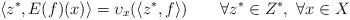
LaTeX: \begin{align*}\langle z^*,E(f)(x)\rangle = \upsilon_x(\langle z^*,f\rangle)\qquad\forall z^*\in Z^*,\,\,\forall x\in X\end{align*}